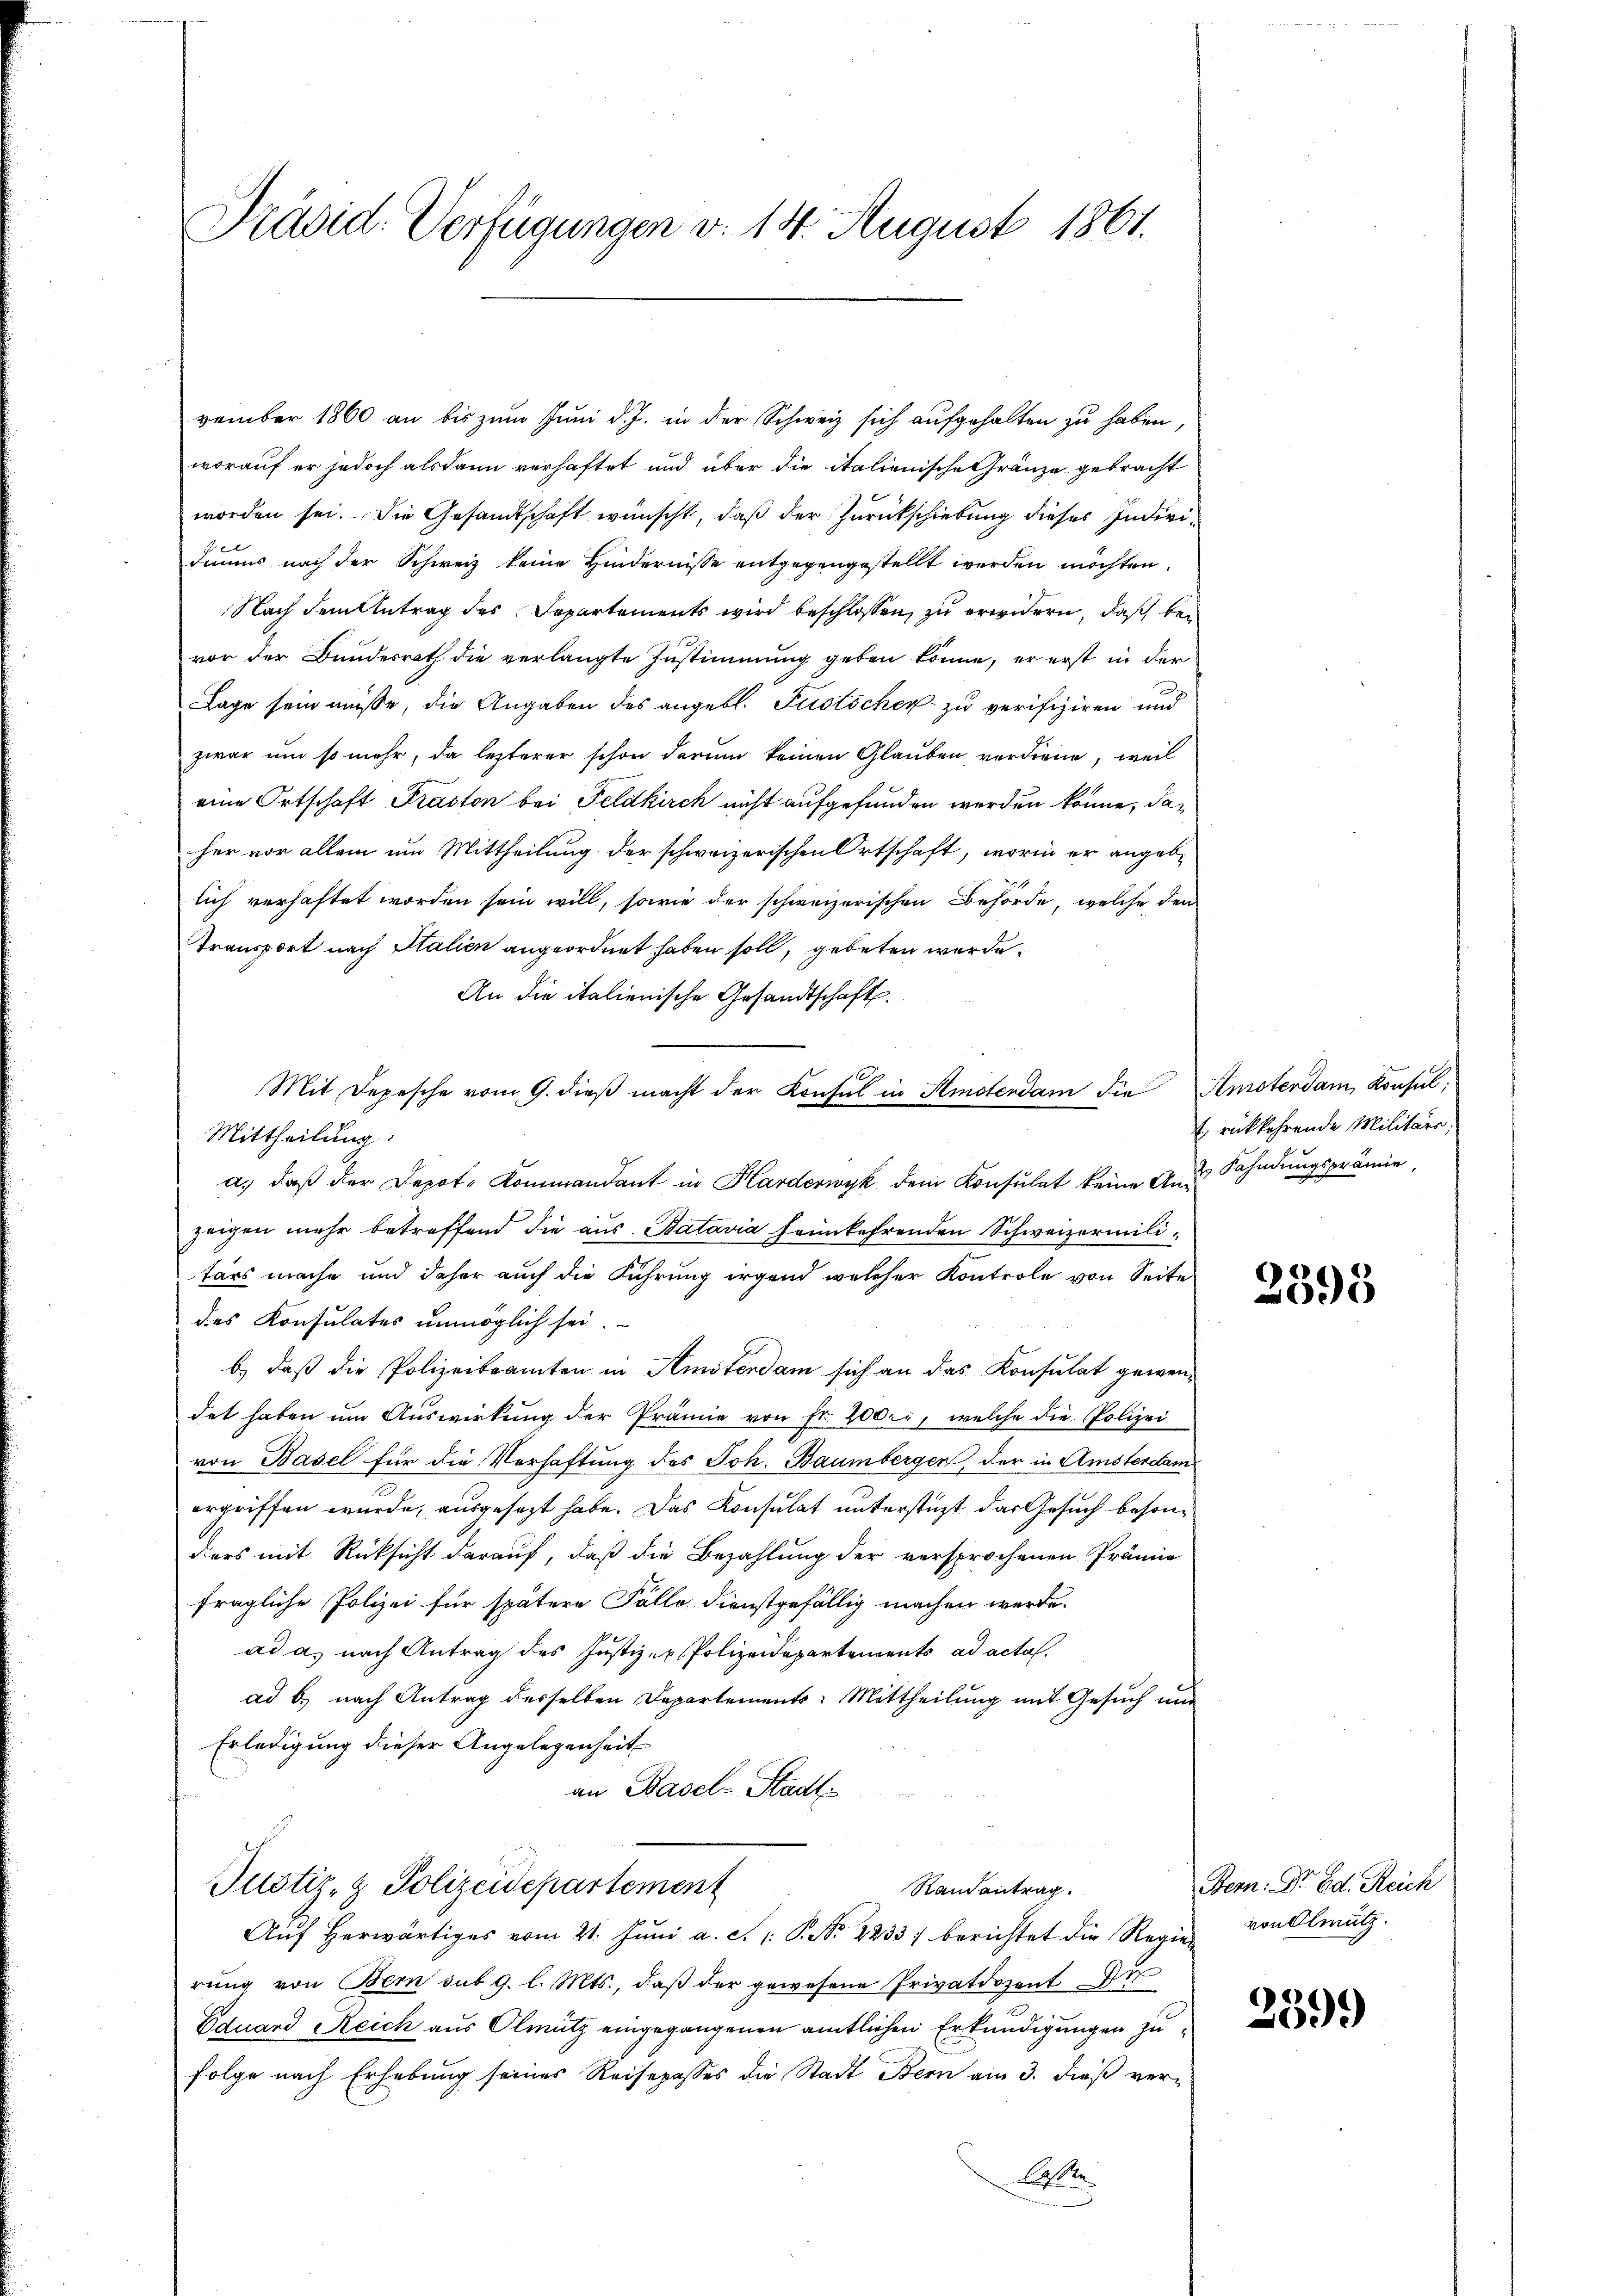
Präsid. Verfügungen v. 14. August 1861.

vember 1860 an bis zum Juni d. J. in der Schweiz sich aufgehalten zu haben,
worauf er jedoch alsdann verhaftet und über die italienische Gränze gebracht
worden sei. Die Gesandtschaft wünscht, daß der Zurückschiebung dieses Individiums nach der Schweiz keine Hindernisse entgegengestellt werden möchten.
Nach dem Antrag des Departements wird beschlossen, zu erwidern, daß bei
vor der Bundesrath die verlangte Zustimmung geben könne, er erst in der
Lage sein müsse, die Angaben des angebl. Justicher zu verifiziren und
zwar um so mehr, da lezterer schon darum keinen Glauben verdiene, weil
eine Ortschaft Praston bei Feldkirch nicht aufgefunden werden könne, daher vor allem um Mittheilung der schweizerischen Ortschaft, worin er angeblich verhaftet worden sein will, sowie der schweizerischen Behörde, welche den
Transport nach Italien angeordnet haben soll, gebeten wurde.
An die italienische Gesandtschaft.
Mit Depesche vom 9. dieβ macht der Konsul in Amstendam die Amsterdam Konsul
Mittheilung:
a. daß der Depot- Kommandant in Harderwyk dem Konsulat keine And. Fahndungsprämie,
zeigen mehr betreffend die aus Batavia feinkehrenden Schweizermilitärs mache und daher auch die Führung irgend welcher Kontrole von Seite
des Konsulates unmöglich sei.
b) daß die Polizeibeamten in Amsterdam sich an das Konsulat gewendet haben um Auswirkung der Prämie von fr. 200, welche die Polizei
von Basel für die Verhaftung des Joh. Baumbergen, der in Amsterdam
ergriffen wurde, ausgesezt habe. Das Konsulat unterstüzt das Gesuch besonders mit Rücksicht darauf, daß die Bezahlung der versprochenen Prämie
fragliche Polizei für spätere Fälle dienstgefällig machen werde.
ad a. nach Antrag des Justiz- u. Polizeidepartements ad acta.
ad b.) nach Antrag derselben Departements: Mittheilung mit Gesuch und
Erledigung dieser Angelegenheit
an Basel-Stadt.
Justiz- & Polizeidepartement
Randantrag.
Aŭf herwärtiges vom 21. Jŭni a. c. 1. P. Nr. 2233) berichtet die Regierŭng von Bern sub 9. l. Mts., daβ der gewesene Privatdozentu
Eduard Reich aus Olmütz eingegangenen amtlichen Erkundigungen zufolge nach Erhebung seines Reisepasses die Stadt Bern am 3. dieß ver¬
A

rückkehrende Militärs,

2398

Bem: Dr. Ed. Reich
von Olmütz.

2399)